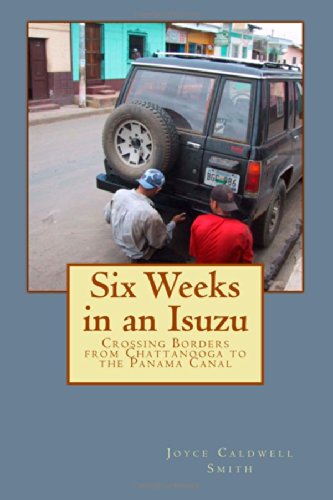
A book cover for Six Weeks in an Isuzu: Crossing Borders From Chattanooga to The Panama Canal; Joyce Caldwell Smith; Travel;